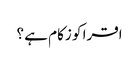
اقرا کو زکام ہے ؟